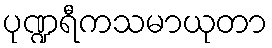
ပုဏ္ဍရီကသမာယုတာ